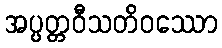
အပ္ပတ္တဝီသတိဝဿော